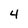
Character: 4